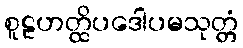
စူဠဟတ္ထိပဒေါပမသုတ္တံ